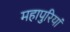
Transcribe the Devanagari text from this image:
महापुरियां